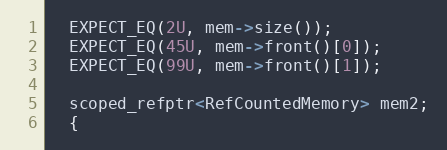
Language: C++
  EXPECT_EQ(2U, mem->size());
  EXPECT_EQ(45U, mem->front()[0]);
  EXPECT_EQ(99U, mem->front()[1]);

  scoped_refptr<RefCountedMemory> mem2;
  {